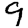
Digit: 9